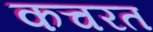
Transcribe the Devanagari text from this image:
कचरत